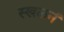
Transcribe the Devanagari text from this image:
स्खलनं